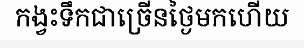
កង្វះទឹកជាច្រើនថ្ងៃមកហើយ